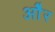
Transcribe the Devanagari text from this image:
ओेैर